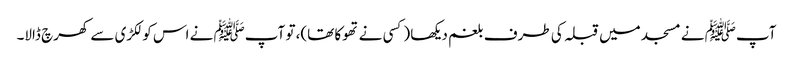
آپﷺ نے مسجد میں قبلہ کی طرف بلغم دیکھا (کسی نے تھوکا تھا)، تو آپﷺ نے اس کو لکڑی سے کھرچ ڈالا۔